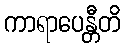
ကာရာပေန္တီတိ